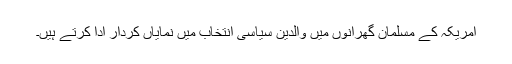
امریکہ کے مسلمان گھرانوں میں والدین سیاسی انتخاب میں نمایاں کردار ادا کرتے ہیں۔